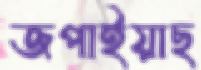
জপাইয়াছ